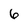
Character: 6